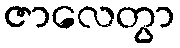
ဇာလေတွာ